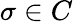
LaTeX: \sigma\in C